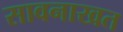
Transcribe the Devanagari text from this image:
सावनाखत